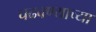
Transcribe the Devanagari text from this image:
चढवण्याच्या